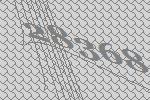
28368